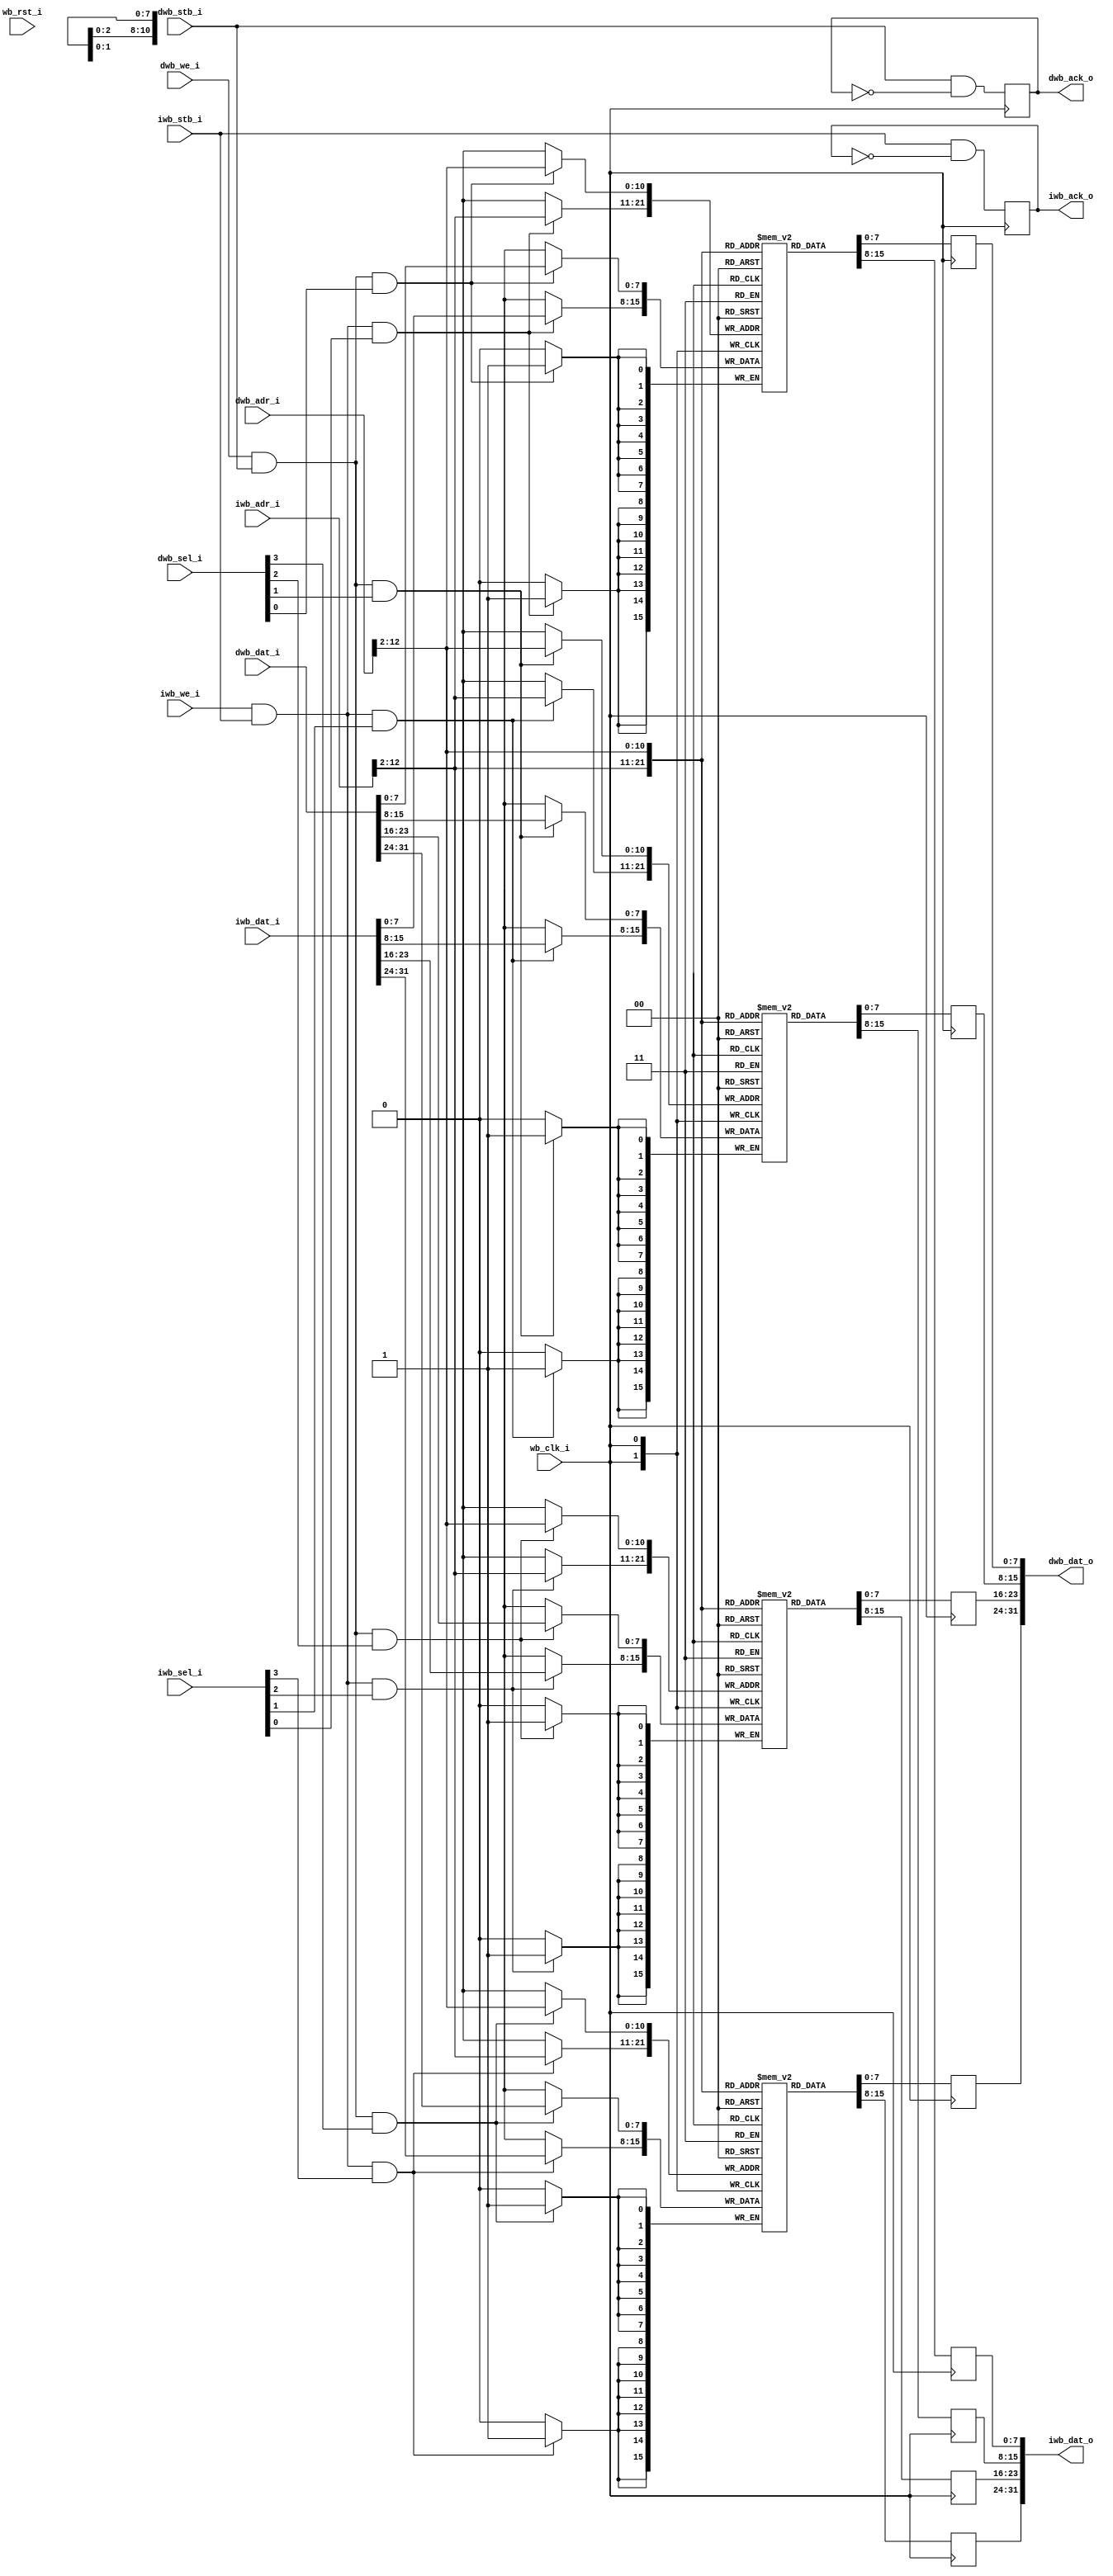
module ram_wb_harvard #(parameter AWIDTH=13)
  (input wb_clk_i,
   input wb_rst_i,
   
   input [AWIDTH-1:0] iwb_adr_i,
   input [31:0] iwb_dat_i,
   output reg [31:0] iwb_dat_o,
   input iwb_we_i,
   output reg iwb_ack_o,
   input iwb_stb_i,
   input [3:0] iwb_sel_i,
   
   input [AWIDTH-1:0] dwb_adr_i,
   input [31:0] dwb_dat_i,
   output reg [31:0] dwb_dat_o,
   input dwb_we_i,
   output reg dwb_ack_o,
   input dwb_stb_i,
   input [3:0] dwb_sel_i);
   
   reg [7:0] 	 ram0 [0:(1<<(AWIDTH-2))-1];
   reg [7:0] 	 ram1 [0:(1<<(AWIDTH-2))-1];
   reg [7:0] 	 ram2 [0:(1<<(AWIDTH-2))-1];
   reg [7:0] 	 ram3 [0:(1<<(AWIDTH-2))-1];
   
   // Instruction Read Port
   always @(posedge wb_clk_i)
     iwb_ack_o <= iwb_stb_i & ~iwb_ack_o;
   
   always @(posedge wb_clk_i)
     iwb_dat_o[31:24] <= ram3[iwb_adr_i[AWIDTH-1:2]];
   always @(posedge wb_clk_i)
     iwb_dat_o[23:16] <= ram2[iwb_adr_i[AWIDTH-1:2]];
   always @(posedge wb_clk_i)
     iwb_dat_o[15:8] <= ram1[iwb_adr_i[AWIDTH-1:2]];
   always @(posedge wb_clk_i)
     iwb_dat_o[7:0] <= ram0[iwb_adr_i[AWIDTH-1:2]];
   
   always @(posedge wb_clk_i)
     if(iwb_we_i & iwb_stb_i & iwb_sel_i[3])
       ram3[iwb_adr_i[AWIDTH-1:2]] <= iwb_dat_i[31:24];
   always @(posedge wb_clk_i)
     if(iwb_we_i & iwb_stb_i & iwb_sel_i[2])
       ram2[iwb_adr_i[AWIDTH-1:2]] <= iwb_dat_i[23:16];
   always @(posedge wb_clk_i)
     if(iwb_we_i & iwb_stb_i & iwb_sel_i[1])
       ram1[iwb_adr_i[AWIDTH-1:2]] <= iwb_dat_i[15:8];
   always @(posedge wb_clk_i)
     if(iwb_we_i & iwb_stb_i & iwb_sel_i[0])
       ram0[iwb_adr_i[AWIDTH-1:2]] <= iwb_dat_i[7:0];
   
   // Data Port
   always @(posedge wb_clk_i)
     dwb_ack_o <= dwb_stb_i & ~dwb_ack_o;
   
   always @(posedge wb_clk_i)
     dwb_dat_o[31:24] <= ram3[dwb_adr_i[AWIDTH-1:2]];
   always @(posedge wb_clk_i)
     dwb_dat_o[23:16] <= ram2[dwb_adr_i[AWIDTH-1:2]];
   always @(posedge wb_clk_i)
     dwb_dat_o[15:8] <= ram1[dwb_adr_i[AWIDTH-1:2]];
   always @(posedge wb_clk_i)
     dwb_dat_o[7:0]  <= ram0[dwb_adr_i[AWIDTH-1:2]];
   
   always @(posedge wb_clk_i)
     if(dwb_we_i & dwb_stb_i & dwb_sel_i[3])
       ram3[dwb_adr_i[AWIDTH-1:2]] <= dwb_dat_i[31:24];
   always @(posedge wb_clk_i)
     if(dwb_we_i & dwb_stb_i & dwb_sel_i[2])
       ram2[dwb_adr_i[AWIDTH-1:2]] <= dwb_dat_i[23:16];
   always @(posedge wb_clk_i)
     if(dwb_we_i & dwb_stb_i & dwb_sel_i[1])
       ram1[dwb_adr_i[AWIDTH-1:2]] <= dwb_dat_i[15:8];
   always @(posedge wb_clk_i)
     if(dwb_we_i & dwb_stb_i & dwb_sel_i[0])
       ram0[dwb_adr_i[AWIDTH-1:2]] <= dwb_dat_i[7:0];
   
endmodule